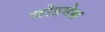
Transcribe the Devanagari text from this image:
जोहनेस